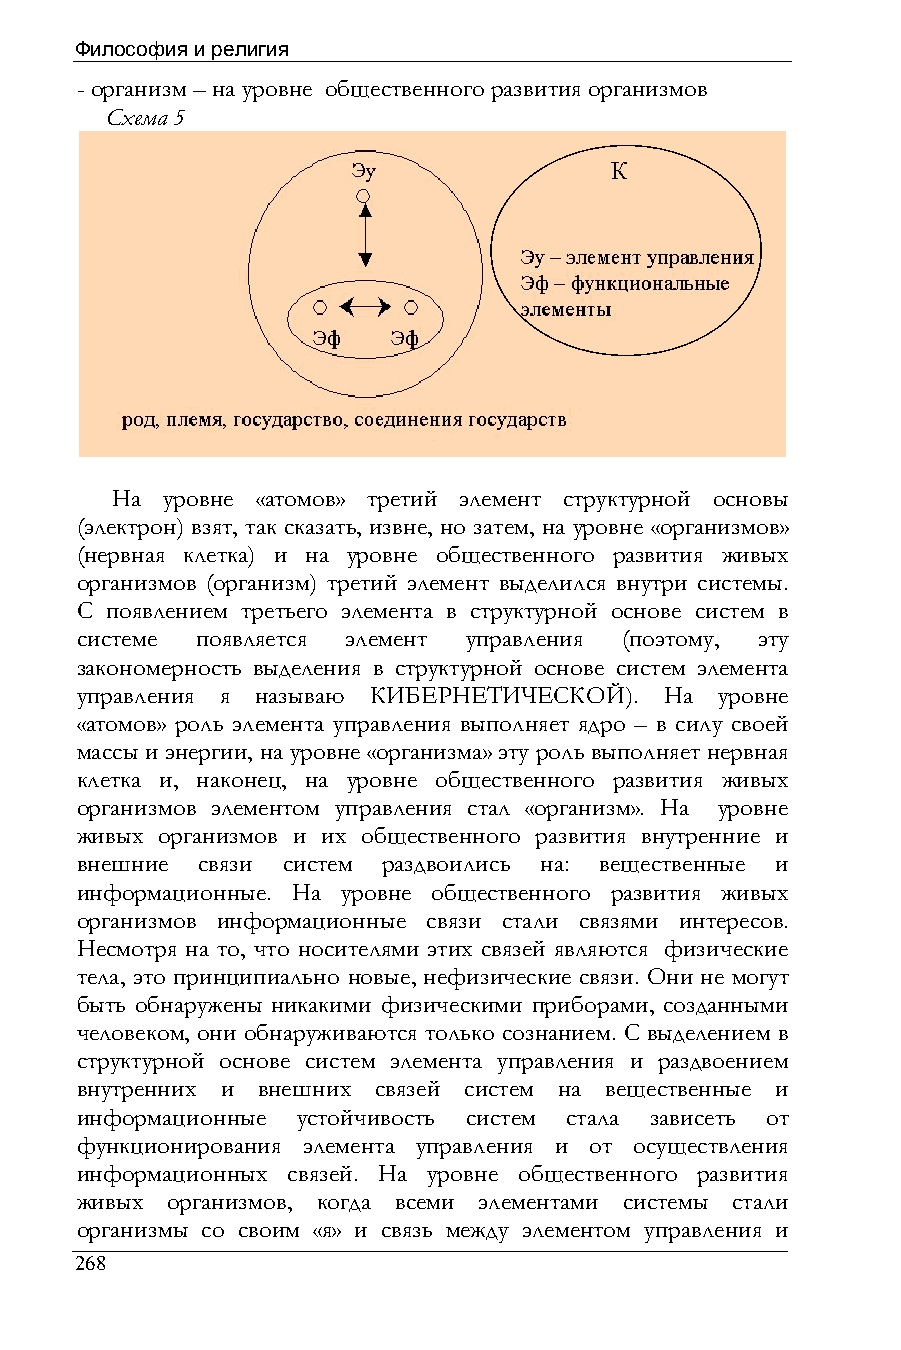
Философия и религия
 - организм – на уровне общественного развития организмов
 Схема 5
 К
 На  уровне «атомов» третий элемент структурной основы
 (электрон) взят, так сказать, извне, но затем, на уровне «организмов»
 (нервная клетка) и на уровне общественного развития живых
 организмов (организм) третий элемент выделился внутри системы.
 С появлением третьего элемента в структурной основе систем в
 системе появляется элемент управления (поэтому, эту
 закономерность выделения в структурной основе систем элемента
 управления я называю КИБЕРНЕТИЧЕСКОЙ). На уровне
 «атомов» роль элемента управления выполняет ядро – в силу своей
 массы и энергии, на уровне «организма» эту роль выполняет нервная
 клетка и, наконец, на уровне общественного развития живых
 организмов элементом управления стал «организм». На уровне
 живых организмов и их общественного развития внутренние и
 внешние связи систем раздвоились на: вещественные и
 информационные. На уровне общественного развития живых
 организмов информационные связи стали связями интересов.
 Несмотря на то, что носителями этих связей являются физические
 тела, это принципиально новые, нефизические связи. Они не могут
 быть обнаружены никакими физическими приборами, созданными
 человеком, они обнаруживаются только сознанием. С выделением в
 структурной основе систем элемента управления и раздвоением
 внутренних и внешних связей систем на вещественные и
 информационные устойчивость систем стала зависеть от
 функционирования элемента управления и от осуществления
 информационных связей. На уровне общественного развития
 живых организмов, когда всеми элементами системы стали
 организмы со своим «я» и связь между элементом управления и
 268